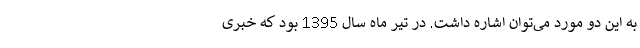
به این دو مورد می‌توان اشاره داشت. در تیر ماه سال 1395 بود که خبری